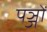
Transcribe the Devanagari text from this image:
पञ्जों